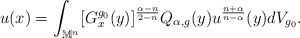
\begin{align*}u(x)= \int_{\mathbb{M}^{n}}[G_{x}^{g_0}(y)]^{\frac {\alpha-n}{2-n}} {Q_{\alpha,{g}} (y)u^{\frac{n+\alpha}{n-\alpha}}(y)}dV_{g_0}.\end{align*}